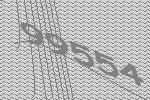
99554